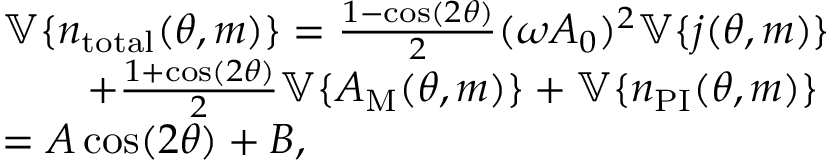
\begin{array} { r l } & { \mathbb { V } \{ n _ { \mathrm { t o t a l } } ( \theta , m ) \} = \frac { 1 - \cos ( 2 \theta ) } { 2 } ( \omega A _ { 0 } ) ^ { 2 } \mathbb { V } \{ j ( \theta , m ) \} } \\ & { \quad \quad + \frac { 1 + \cos ( 2 \theta ) } { 2 } \mathbb { V } \{ A _ { \mathrm { M } } ( \theta , m ) \} + \mathbb { V } \{ n _ { \mathrm { P I } } ( \theta , m ) \} } \\ & { = A \cos ( 2 \theta ) + B , } \end{array}